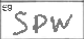
Transcription: SPW